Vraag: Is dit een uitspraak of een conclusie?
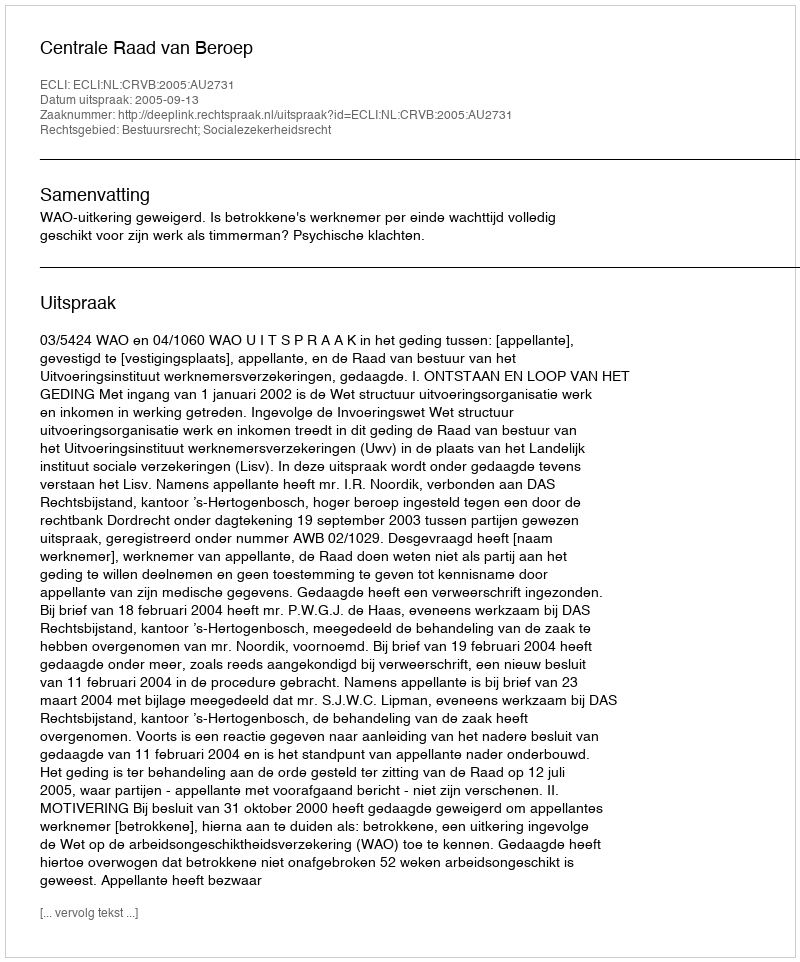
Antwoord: Uitspraak